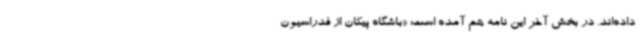
داده‌اند. در بخش آخر این نامه هم آمده است: «باشگاه پیکان از فدراسیون